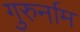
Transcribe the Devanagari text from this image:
गुरुर्नाम